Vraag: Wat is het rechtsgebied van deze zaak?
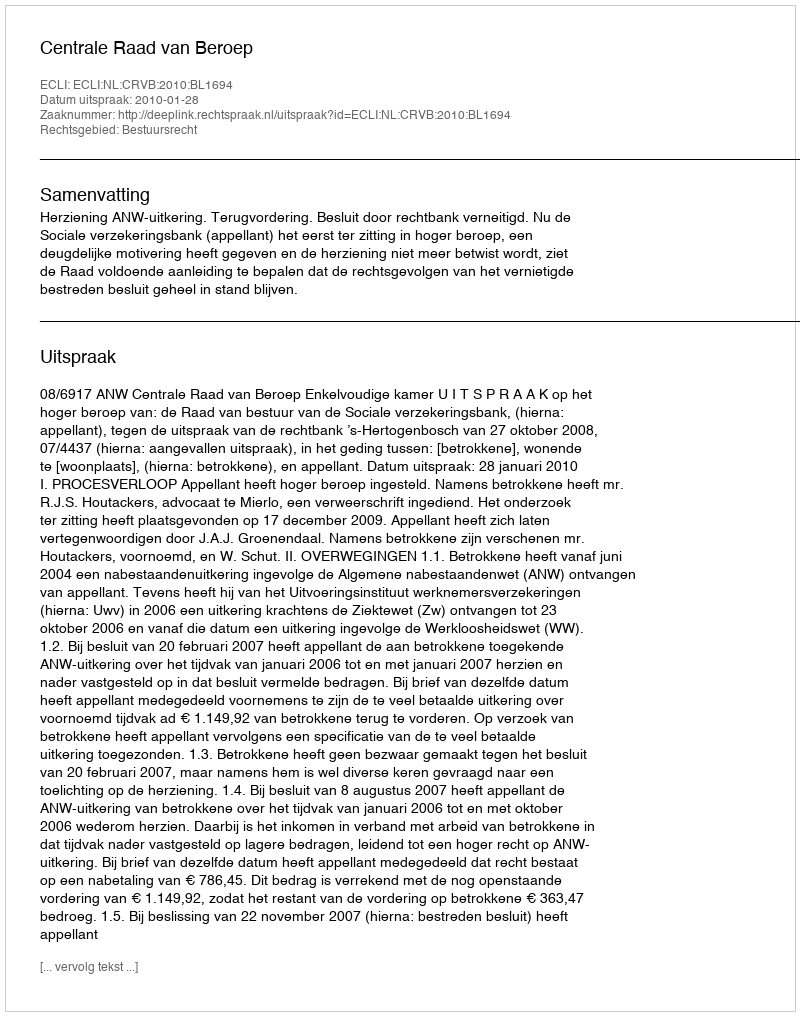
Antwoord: Bestuursrecht